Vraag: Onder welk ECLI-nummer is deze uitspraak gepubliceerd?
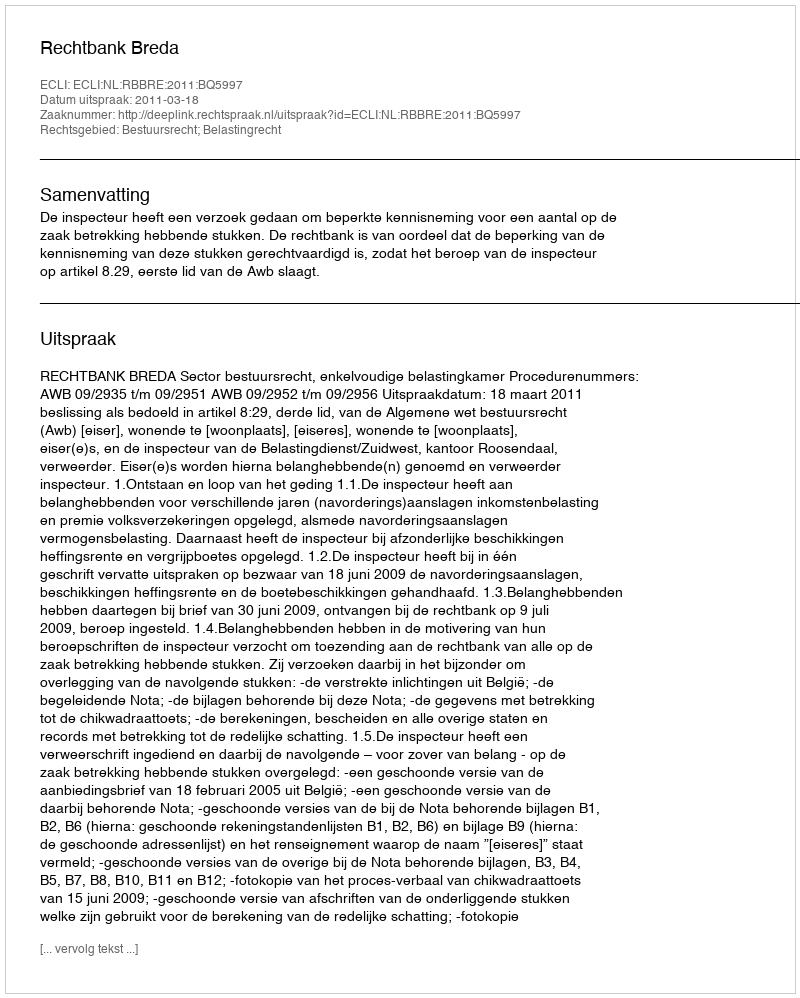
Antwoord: ECLI:NL:RBBRE:2011:BQ5997